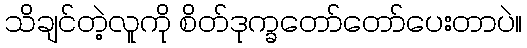
သိချင်တဲ့လူကို စိတ်ဒုက္ခတော်တော်ပေးတာပဲ။